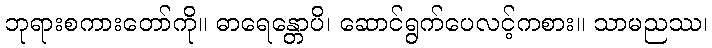
ဘုရားစကားတော်ကို။ ဓာရေန္တောပိ၊ ဆောင်ရွက်ပေလင့်ကစား။ သာမညဿ၊